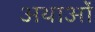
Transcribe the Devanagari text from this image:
अथाओं